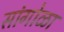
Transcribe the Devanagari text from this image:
सांगोळा